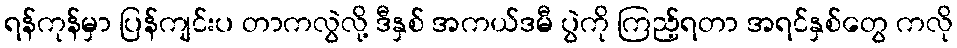
ရန်ကုန်မှာ ပြန်ကျင်းပ တာကလွဲလို့ ဒီနှစ် အကယ်ဒမီ ပွဲကို ကြည့်ရတာ အရင်နှစ်တွေ ကလို